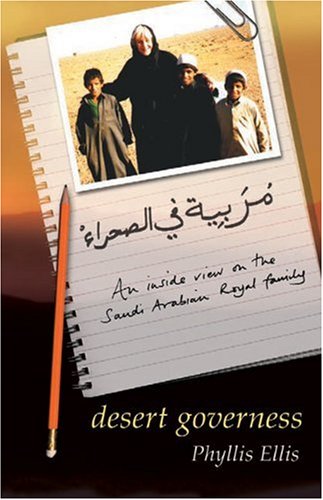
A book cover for Desert Governess; Phyllis Ellis; Travel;